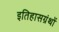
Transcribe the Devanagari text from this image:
इतिहासग्रंथों